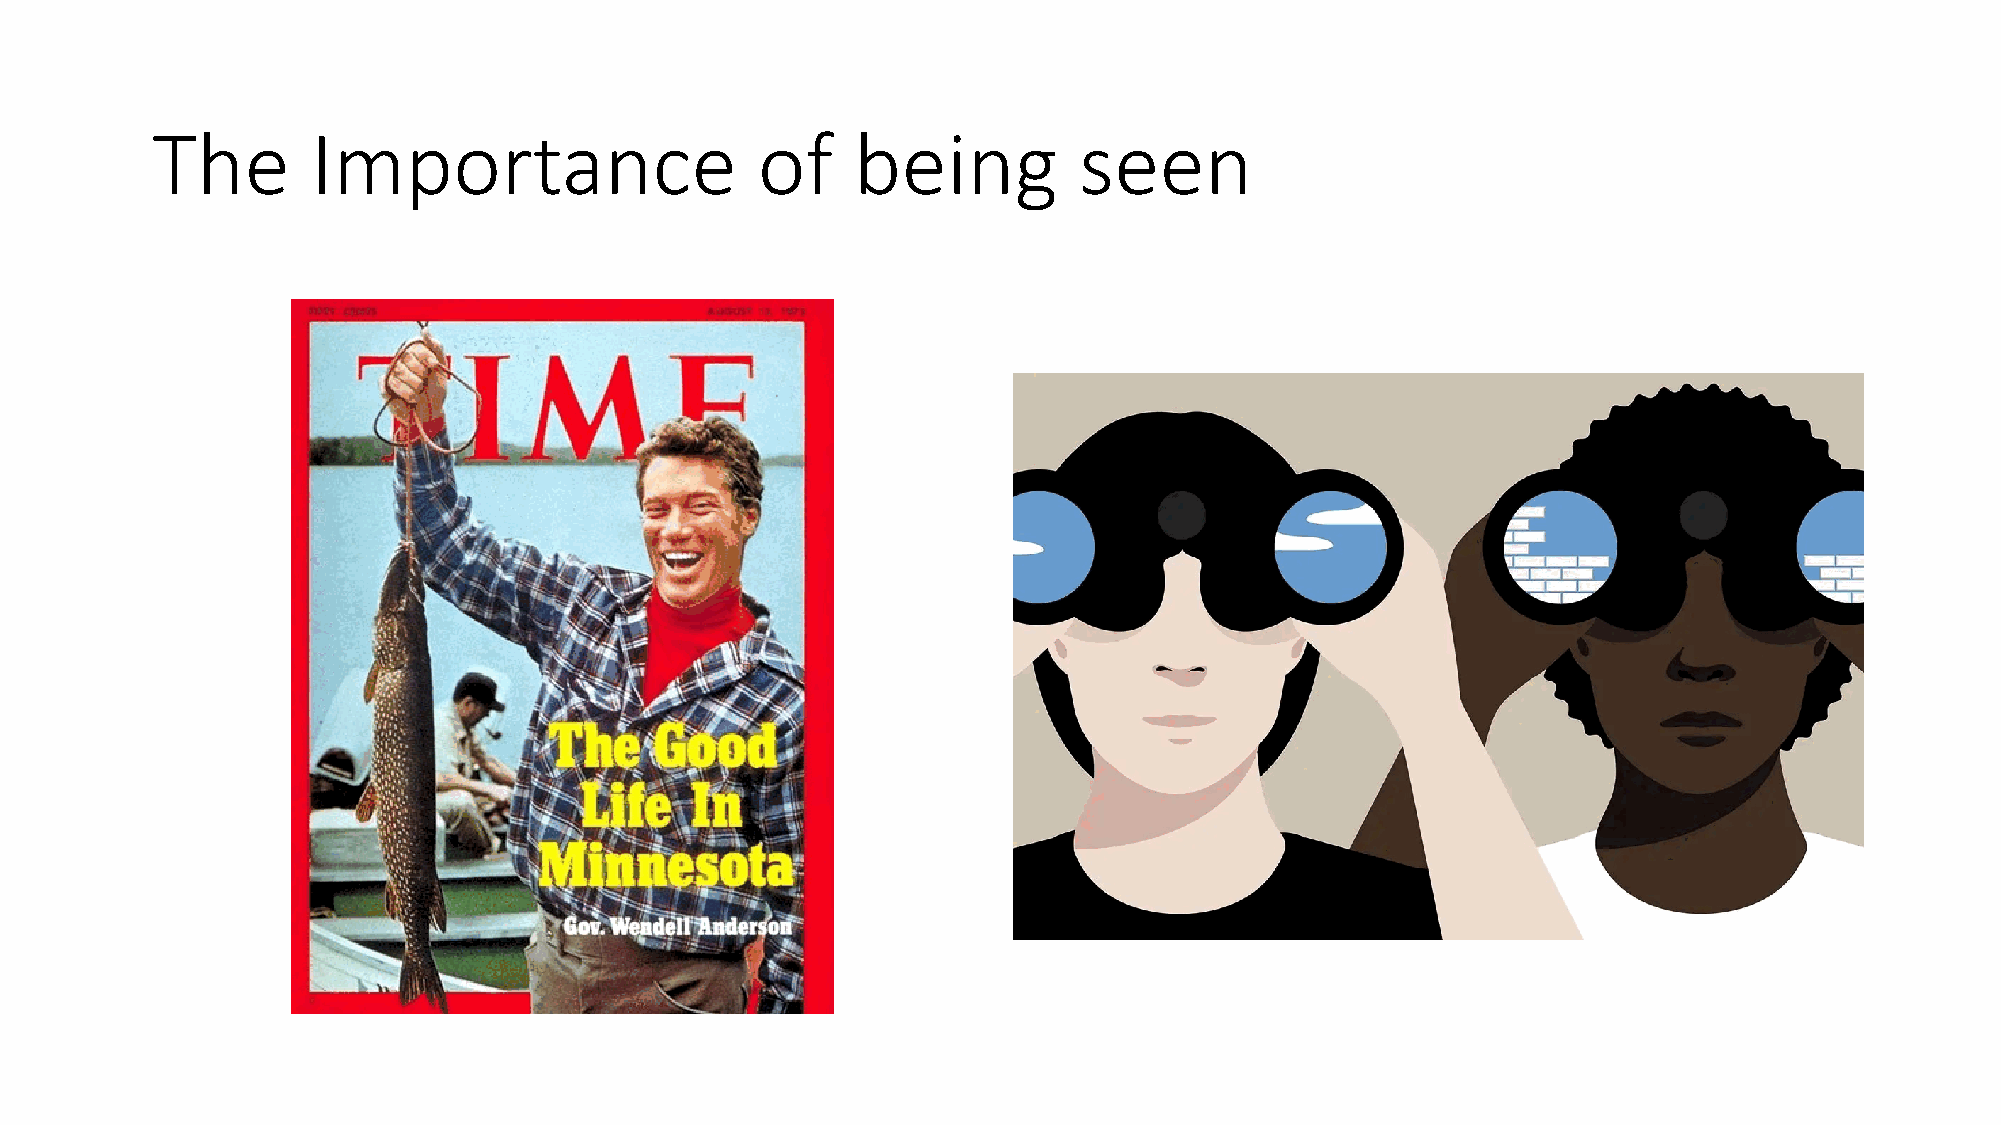
The        Importance                   of     being         seen